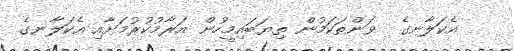
އެކަލާނގެ  ވަންތަކަމުން ތިޔަބައިމީހުން އަރާމުކުރުމަށާއި އެކަލާނގެ